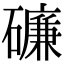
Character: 𥖝